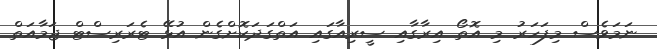
ނަމަވެސް މިފަހަރު މި އޮތޯ އިރާގާއި ސީރިއާގައި އަތްގަދަކޮށްގެން އުޅޭ ޓެރަރިސްޓް ޖަމާއަތް